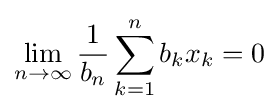
\lim _{n\to \infty }{\frac {1}{b_{n}}}\sum _{k=1}^{n}b_{k}x_{k}=0